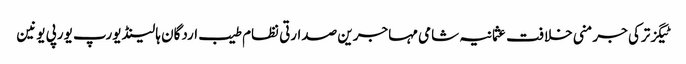
ٹیگزترکی جرمنی خلافت عثمانیہ شامی مہاجرین صدارتی نظام طیب اردگان ہالینڈ یورپ یورپی یونین